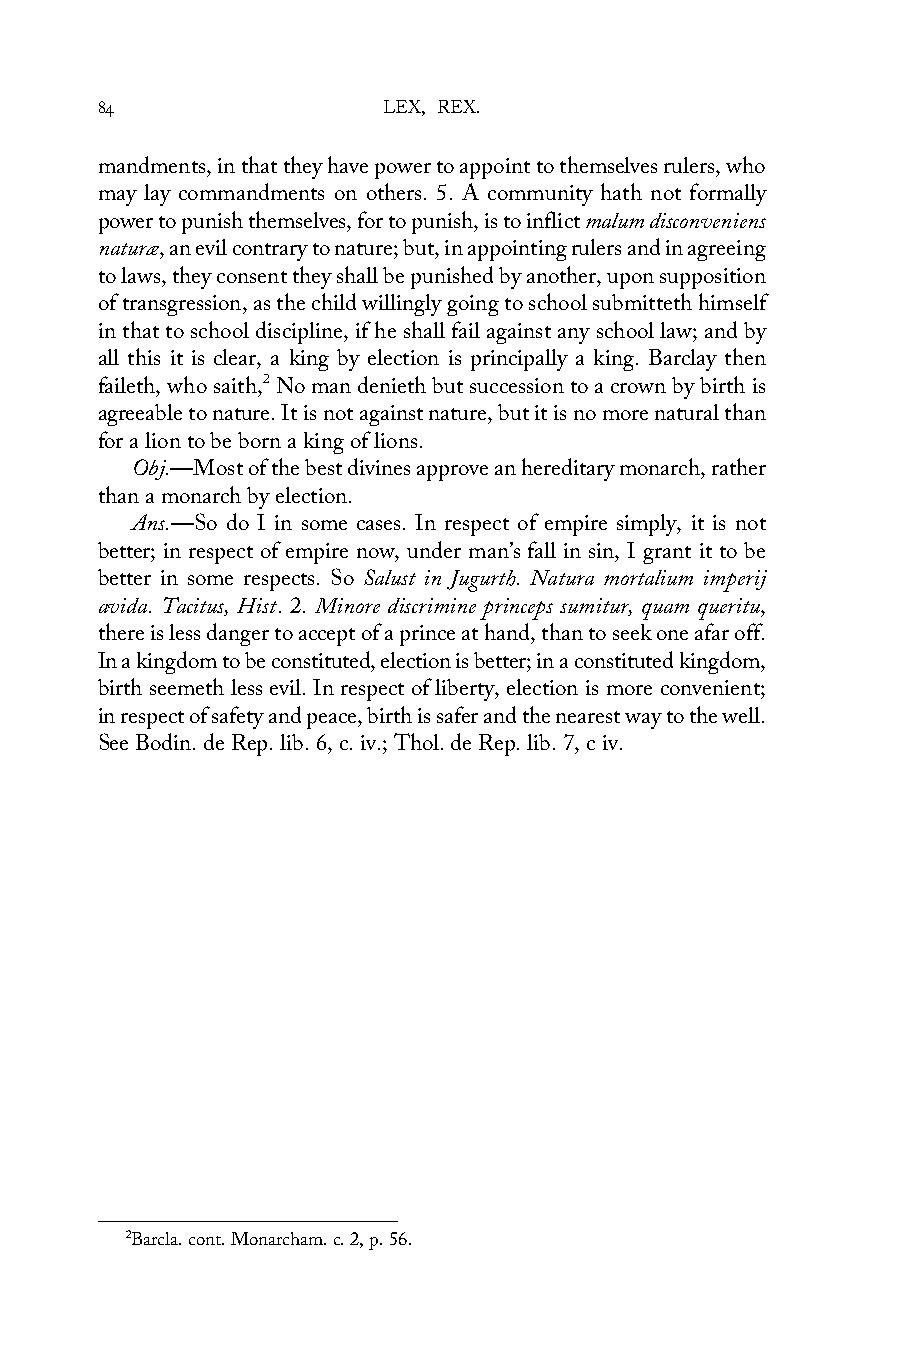
84                 LEX, REX.
 mandments, in that they have power to appoint to themselves rulers, who
 may lay commandments on others. 5. A community hath not formally
 power to punish themselves, for to punish, is to inflict malum disconveniens
 naturæ, an evil contrary to nature; but, in appointing rulers and in agreeing
 to laws, they consent they shall be punished by another, upon supposition
 of transgression, as the child willingly going to school submitteth himself
 in that to school discipline, if he shall fail against any school law; and by
 all this it is clear, a king by election is principally a king. Barclay then
 faileth, who saith,2 No man denieth but succession to a crown by birth is
 agreeable to nature. It is not against nature, but it is no more natural than
 for a lion to be born a king of lions.
 Obj.—Most of the best divines approve an hereditary monarch, rather
 than a monarch by election.
 Ans.—So do I in some cases. In respect of empire simply, it is not
 better; in respect of empire now, under man’s fall in sin, I grant it to be
 better in some respects. So Salust in Jugurth. Natura mortalium imperij
 avida. Tacitus, Hist. 2. Minore discrimine princeps sumitur, quam queritu,
 there is less danger to accept of a prince at hand, than to seek one afar off.
 In a kingdom to be constituted, election is better; in a constituted kingdom,
 birth seemeth less evil. In respect of liberty, election is more convenient;
 in respect of safety and peace, birth is safer and the nearest way to the well.
 See Bodin. de Rep. lib. 6, c. iv.; Thol. de Rep. lib. 7, c iv.
 2Barcla. cont. Monarcham. c. 2, p. 56.